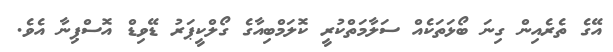
އޭގެ ތެރެއިން ގިނަ ބޯޅަތަކެއް ސަލާމަތްކުރީ ކޮލަމްބިއާގެ ގޯލްކީޕަރު ޑޭވިޑް އޮސްޕިނާ އެވެ.